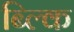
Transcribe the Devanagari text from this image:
ब्ल्कि